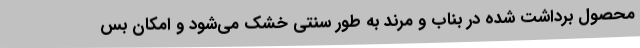
محصول برداشت شده در بناب و مرند به طور سنتی خشک می‌شود و امکان بس